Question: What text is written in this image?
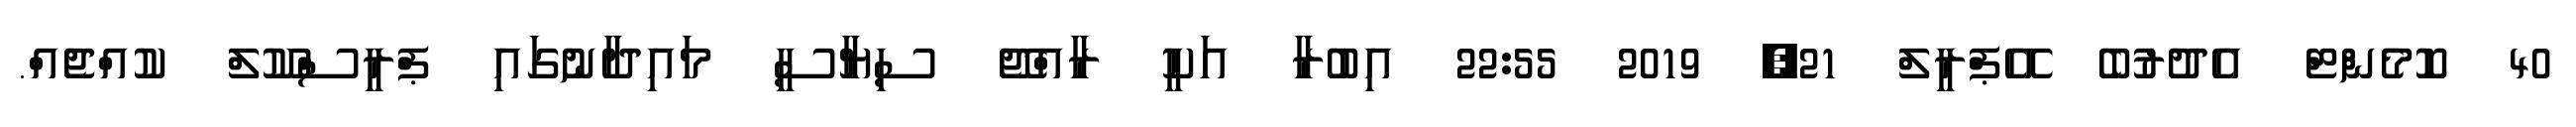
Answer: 40 ކޮމެންޓް އެދުރުބެ އޭޕްރީލް 21, 2019 22:55 އިބުރާ އަކީ ރާއްޖޭ ސިޔާސީ މައިދާނުގައި ޕްރީސްކޫލް ކުއްޖެއް.